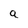
Character: a